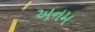
અનમ